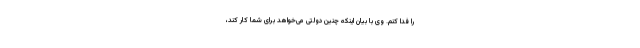
را فدا کنم. وی با بیان اینکه چنین دولتی می‌خواهد برای شما کار کند،